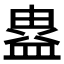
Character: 𭾉